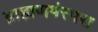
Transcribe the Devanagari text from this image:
ब्राह्मणपंरपरा